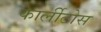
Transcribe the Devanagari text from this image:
कार्लीटोस